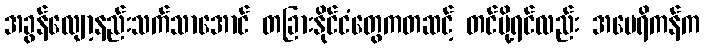
အခွန်လျော့နည်းသက်သာအောင် တခြားနိုင်ငံတွေကတဆင့် တင်ပို့ရင်လည်း အမေရိကန်က